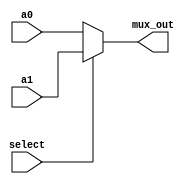
`timescale 1ns / 1ps
//////////////////////////////////////////////////////////////////////////////////
// Company: 
// Engineer: 
// 
// Design Name: 
// Module Name: Trail
// Project Name: 
// Target Devices: 
// Tool Versions: 
// Description: 
// 
// Dependencies: 
// 
// Revision:
// Revision 0.01 - File Created
// Additional Comments:
// 
//////////////////////////////////////////////////////////////////////////////////


module Mux_2#(parameter WORD_WIDTH = 32)(input [WORD_WIDTH-1 : 0] a0, a1,
                                    input select, 
                                    output [WORD_WIDTH-1 : 0] mux_out );
  
assign mux_out = select ? a1 : a0;

endmodule

module Mux_4#(parameter WORD_WIDTH = 32)(input [WORD_WIDTH-1 : 0] a0, a1, a2, a3,
                                        input [1:0] select, 
                                        output [WORD_WIDTH-1 : 0] mux_out );
wire [WORD_WIDTH-1:0] mux_3_2,mux_1_0; 

/////layer1 
Mux_2#(.WORD_WIDTH(32)) mux11(.a0(a2), .a1(a3),
                               .select(select[0]), 
                               .mux_out(mux_3_2) );
Mux_2#(.WORD_WIDTH(32)) mux12(.a0(a0), .a1(a1),
                               .select(select[0]), 
                               .mux_out(mux_1_0) );
                               
/////layer2                               
Mux_2#(.WORD_WIDTH(32)) mux21(.a0(mux_1_0), .a1(mux_3_2),
                               .select(select[1]), 
                               .mux_out(mux_out) );

endmodule

module register(input en, rst,  clk,
                input [31:0] data_in,
                output reg [31:0] data
                );


always@(posedge clk)
    begin
    if (rst)
        begin
        data <= 32'b0;
        end
    else if (en)
        begin
        data <= data_in ;
        end
    
    end
endmodule

///////////////////////////////////////////////////////////////////////////
module demux_4(
            input en,
            input [1:0] select,
            output [3:0] demux_out);
            
        
        assign demux_out[0] = en &~select[1] &~select[0] ;
        assign demux_out[1] = en &~select[1] & select[0] ;
        assign demux_out[2] = en & select[1] &~select[0] ;
        assign demux_out[3] = en & select[1] & select[0] ;
            
endmodule

///////////////////////////////////////////////////////////////////////////

module demux_8(
            input en, 
            input [2:0] select,
            output [7:0] demux_out);
        
        wire [1:0] en_select;
        
        assign en_select[0] = en & ~select[2]  ;
        assign en_select[1] = en &  select[2]  ;
        
            
        demux_4 d1( 
                    .en(en_select[1]),
                    .select(select[1:0]),
                    .demux_out(demux_out[7:4]));
        demux_4 d2( 
                    .en(en_select[0]),
                    .select(select[1:0]),
                    .demux_out(demux_out[3:0]));
                   
endmodule

////////////////////////////////////////////////////////////////////////////////

module demux_32(
                input en, 
                input [4:0] select,
                output [31:0] demux_out);
        
        wire [3:0] en_select  ;     
                
        demux_4 d1( 
                    .en(en),
                    .select(select[4:3]),
                    .demux_out(en_select[3:0]));   
                    
                    
        demux_8 d2( 
                    .en(en_select[3]),
                    .select(select[2:0]),
                    .demux_out(demux_out[31:24]));
                    
        demux_8 d3( 
                    .en(en_select[2]),
                    .select(select[2:0]),
                    .demux_out(demux_out[23:16]));
                    
        demux_8 d4(
                    .en(en_select[1]),
                    .select(select[2:0]),
                    .demux_out(demux_out[15:8]));
                    
        demux_8 d5( 
                    .en(en_select[0]),
                    .select(select[2:0]),
                    .demux_out(demux_out[7:0]));
endmodule
////////////////////////////////////////////////////////////////////////
module tristatebuffer(  input [31:0] data_in,
                        input en,
                        output[31:0] data_out);

    assign data_out = en?data_in : 32'bz;
endmodule
//////////////////////////////////////////////////////////////////////


module DualPortGRP(
                    input [4:0] rs1, rs2,rd,
                    input wr_en,rd_en,clk,rst,
                    input [31:0] data_wr,
                    output [31:0] data_rs1,data_rs2
                    );
                    
                    
                    
    wire [31:0] data_z [0:31];
    
    wire [31:0] reg_en, rd_en1, rd_en2;
    wire [31:0] data_in, data_out1, data_out2;
    
    
    assign data_in = data_wr;
    
    demux_32 wr_d1(.en(wr_en), 
                .select(rd),
                .demux_out(reg_en) );
                
    demux_32 rd_d1(.en(rd_en), 
                .select(rs1),
                .demux_out(rd_en1) );
    demux_32 rd_d2(.en(rd_en), 
                .select(rs2),
                .demux_out(rd_en2) );
                
    genvar  i;
    generate
        for (i=0; i< 32; i = i+1)
        begin: RegisterBlock
        register GRP( .en(reg_en[i]), .rst(rst),  .clk(clk),
                      .data_in(data_in),.data(data_z[i]));
        tristatebuffer TSB1(.data_in(data_z[i]),
                        .en(rd_en1[i]),
                        .data_out(data_out1));
        tristatebuffer TSB2(.data_in(data_z[i]),
                        .en(rd_en2[i]),
                        .data_out(data_out2));
        end
    endgenerate
    
    
    assign data_rs1 = data_out1;
    assign data_rs2 = data_out2;
endmodule

///////////////////////////////////////////////////////////////////////


////////////////////////////////////////////////////////  

//module mux_2(input select, data_in,
//            output [31:0] data_out);   
//endmodule